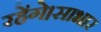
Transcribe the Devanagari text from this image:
रहेंगे।साभार